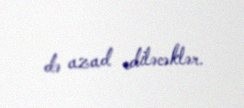
də azad ediləcəklər.